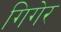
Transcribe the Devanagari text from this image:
गिगेर